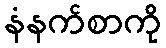
နံနက်စာကို